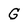
Character: G